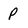
Character: P